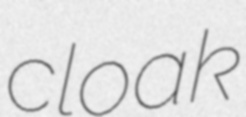
cloak